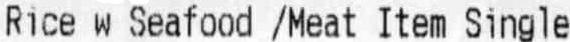
RICE W SEAFOOD /MEAT ITEM SINGLE